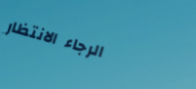
الرجاء الانتظار